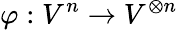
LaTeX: \varphi:V^{n}\to V^{\otimes n}